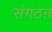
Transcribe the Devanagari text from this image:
संगठऩ